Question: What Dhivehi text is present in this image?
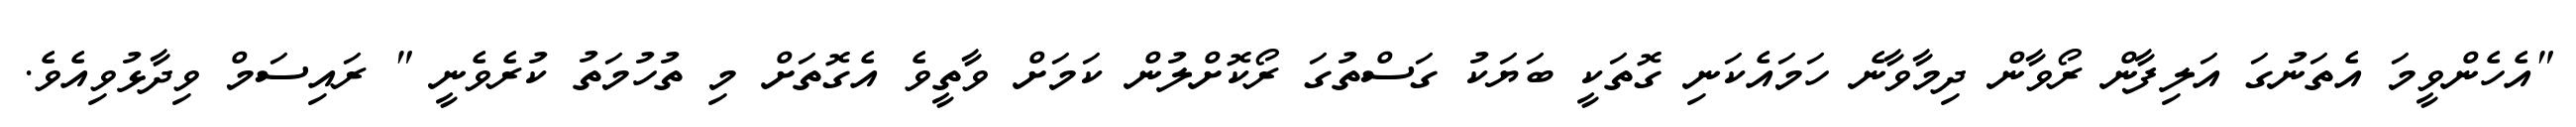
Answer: "އެހެންވީމަ އެތަނުގަ އަލިފާން ރޯވާން ދިމާވާނެ ހަމައެކަނި ގޮތަކީ ބަޔަކު ގަސްތުގަ ރޯކޮށްލުން ކަމަށް ވާތީވެ އެގޮތަށް މި ތުހުމަތު ކުރެވެނީ " ރައިސަމް ވިދާޅުވިއެވެ.